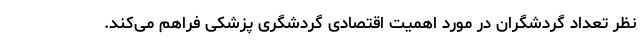
نظر تعداد گردشگران در مورد اهمیت اقتصادی گردشگری پزشکی فراهم می‌کند.